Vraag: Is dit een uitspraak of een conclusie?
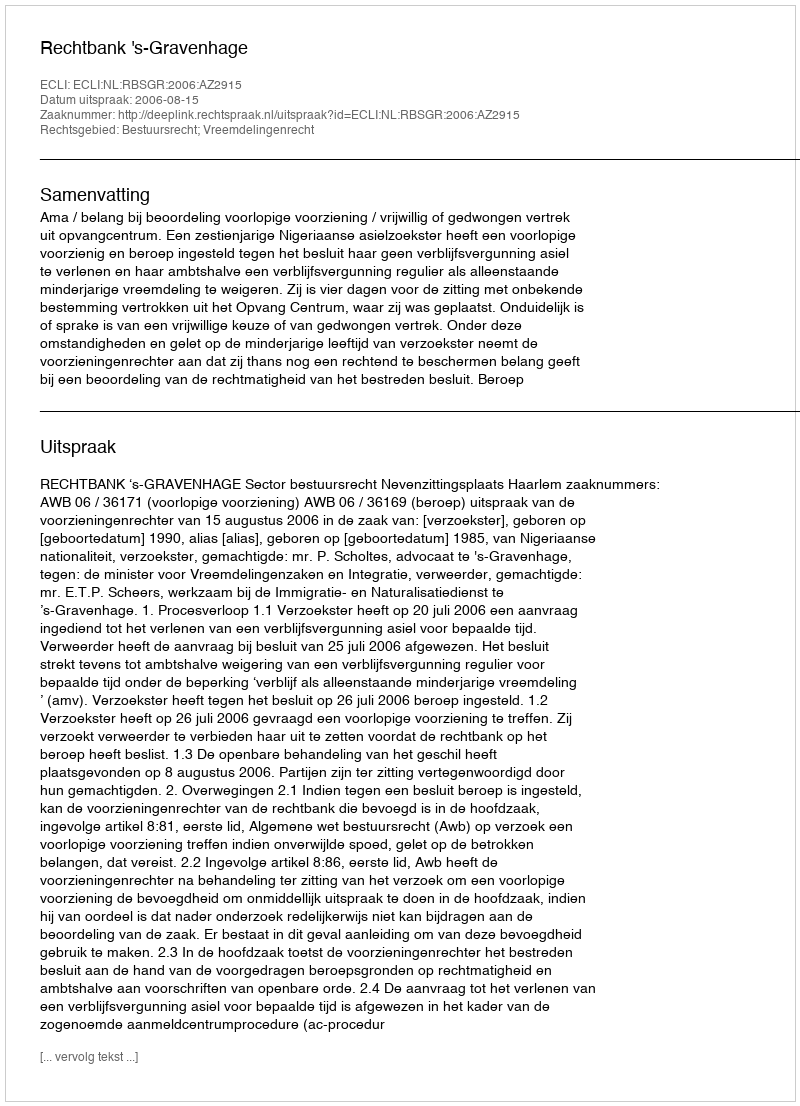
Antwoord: Uitspraak